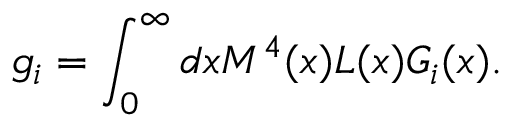
g _ { i } = \int _ { 0 } ^ { \infty } d x M ^ { 4 } ( x ) { \cal L } ( x ) { \cal G } _ { i } ( x ) .